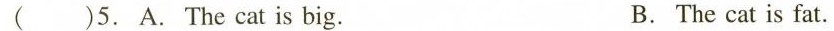
( )5. A.The cat is big. B.The cat is fat.